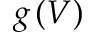
g \left( V \right)